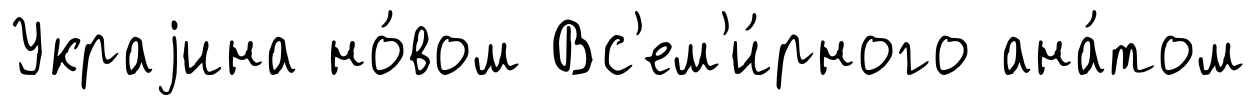
Украjина но́вом Вс'ем'и́рного ана́том